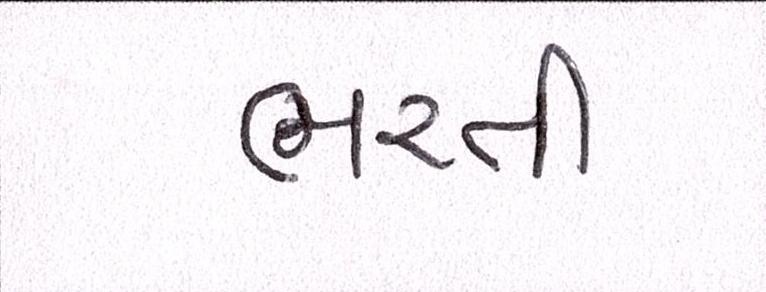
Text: ભરતી